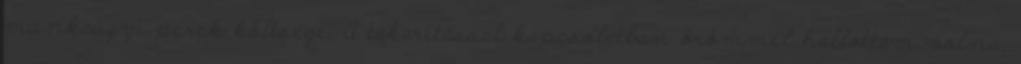
munkaügyi perek költsége. A takarítással kapcsolatban örömmel hallottam volna,